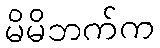
မိမိဘက်က